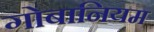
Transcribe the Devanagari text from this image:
गोबानियम